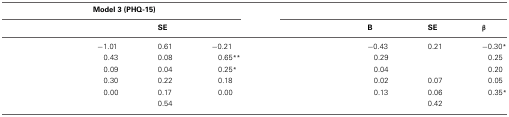
<table><thead><tr><td colspan="4"><b>Model 3 (PHQ-15)</b></td><td colspan="4">[EMPTY_CELL]</td></tr><tr><td>[EMPTY_CELL]</td><td>[EMPTY_CELL]</td><td><b>SE</b></td><td>[EMPTY_CELL]</td><td>[EMPTY_CELL]</td><td><b>B</b></td><td><b>SE</b></td><td><b>β</b></td></tr></thead><tbody><tr><td>[EMPTY_CELL]</td><td>−1.01</td><td>0.61</td><td>−0.21</td><td>[EMPTY_CELL]</td><td>−0.43</td><td>0.21</td><td>−0.30<sup>*</sup></td></tr><tr><td>[EMPTY_CELL]</td><td>0.43</td><td>0.08</td><td>0.65<sup>**</sup></td><td>[EMPTY_CELL]</td><td>0.29</td><td>[EMPTY_CELL]</td><td>0.25</td></tr><tr><td>[EMPTY_CELL]</td><td>0.09</td><td>0.04</td><td>0.25<sup>*</sup></td><td>[EMPTY_CELL]</td><td>0.04</td><td>[EMPTY_CELL]</td><td>0.20</td></tr><tr><td>[EMPTY_CELL]</td><td>0.30</td><td>0.22</td><td>0.18</td><td>[EMPTY_CELL]</td><td>0.02</td><td>0.07</td><td>0.05</td></tr><tr><td>[EMPTY_CELL]</td><td>0.00</td><td>0.17</td><td>0.00</td><td>[EMPTY_CELL]</td><td>0.13</td><td>0.06</td><td>0.35<sup>*</sup></td></tr><tr><td>[EMPTY_CELL]</td><td>[EMPTY_CELL]</td><td>0.54</td><td>[EMPTY_CELL]</td><td>[EMPTY_CELL]</td><td>[EMPTY_CELL]</td><td>0.42</td><td>[EMPTY_CELL]</td></tr></tbody></table>